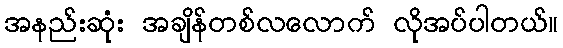
အနည်းဆုံး အချိန်တစ်လလောက် လိုအပ်ပါတယ်။